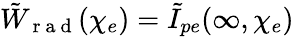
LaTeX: \tilde{W}_{\mathrm{~r~a~d~}}(\chi_{e})=\tilde{I}_{pe}(\infty,\chi_{e})